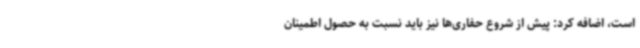
است، اضافه کرد: پیش از شروع حفاری‌ها نیز باید نسبت به حصول اطمینان